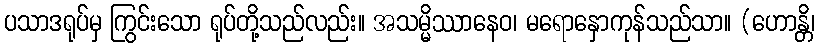
ပသာဒရုပ်မှ ကြွင်းသော ရုပ်တို့သည်လည်း။ အသမ္မိဿာနေဝ၊ မရောနှောကုန်သည်သာ။ (ဟောန္တိ၊